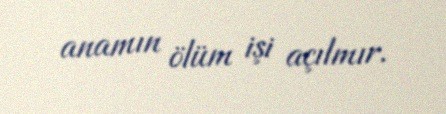
anamın ölüm işi açılmır.